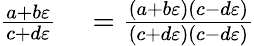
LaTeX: \begin{array}{rl}{{\frac{a+b\varepsilon}{c+d\varepsilon}}}&{{}={\frac{(a+b\varepsilon)(c-d\varepsilon)}{(c+d\varepsilon)(c-d\varepsilon)}}}\end{array}